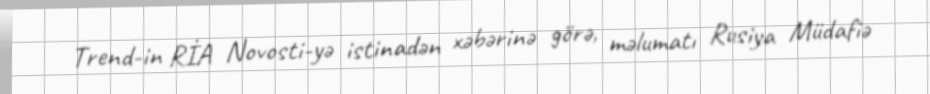
Trend-in RİA Novosti-yə istinadən xəbərinə görə, məlumatı Rusiya Müdafiə